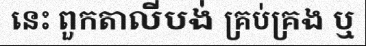
នេះ ពួកតាលីបង់ គ្រប់គ្រង ឬ